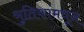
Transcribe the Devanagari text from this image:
श्रुतिकांमधून